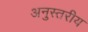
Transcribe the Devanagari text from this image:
अनुस्तरीय